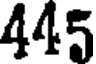
445